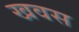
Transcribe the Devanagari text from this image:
खवस